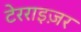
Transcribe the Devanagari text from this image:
टेरराइज़र